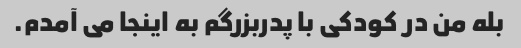
بله من در کودکی با پدربزرگم به اینجا می آمدم.